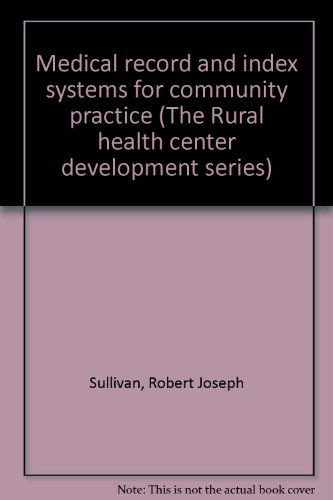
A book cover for Medical record and index systems for community practice (The Rural health center development series); Robert Joseph Sullivan; Medical Books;